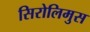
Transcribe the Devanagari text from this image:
सिरोलिमुस